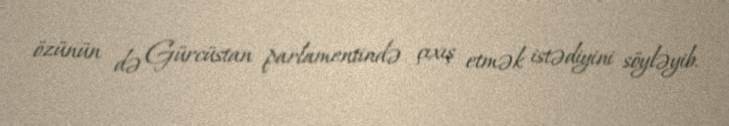
özünün də Gürcüstan parlamentində çıxış etmək istədiyini söyləyib.